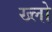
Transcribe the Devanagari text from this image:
ख्लो